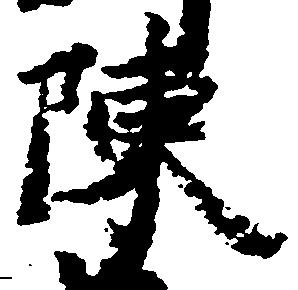
陳